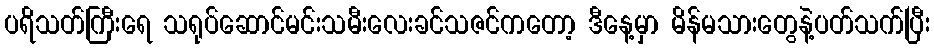
ပရိသတ်ကြီးရေ သရုပ်ဆောင်မင်းသမီးလေးခင်သဇင်ကတော့ ဒီနေ့မှာ မိန်မသားတွေနဲ့ပတ်သက်ပြီး